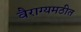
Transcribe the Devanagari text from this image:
वैराग्यमठीत